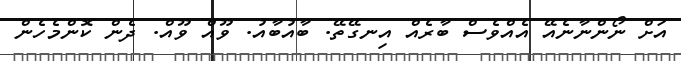
އަށް ނޯންނާނެއޭ އެއްވެސް ބާރެއް އިނގޭތޭ. ބާއުބާއު. ވޫއް ވޫއް. ދެން ކޮންމެހެން